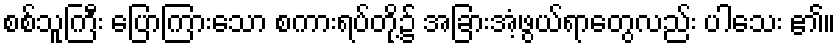
စစ်သူကြီး ပြောကြားသော စကားရပ်တို့၌ အခြားအံ့ဖွယ်ရာတွေလည်း ပါသေး ၏။